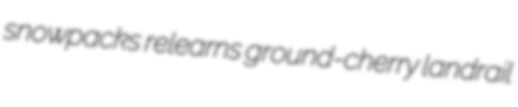
snowpacks relearns ground-cherry landrail